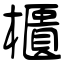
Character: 櫃